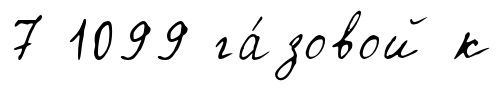
7 1099 га́зовой к